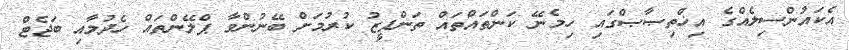
އެކައުންސިލެއްގެ އިޚްތިޞާޞްގައި ހިމެނޭ ކަންތައްތައް ތަންފީޒު ކުރުމަށް ބޭނުންވާ ޕްލޭންތައް ހެދުމާއި ބަޖެޓް